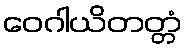
ဝေဂါယိတတ္တံ